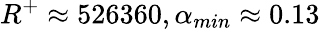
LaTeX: R^{+}\approx 526360,\alpha_{min}\approx 0.13